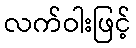
လက်ဝါးဖြင့်